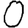
Digit: 0